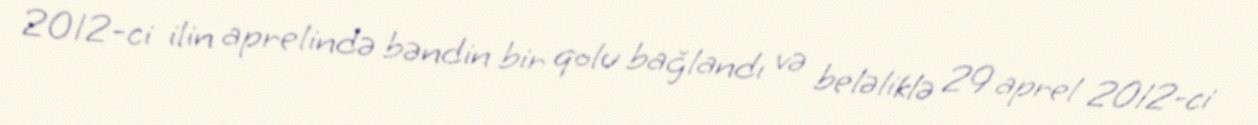
2012-ci ilin aprelində bəndin bir qolu bağlandı və beləliklə 29 aprel 2012-ci